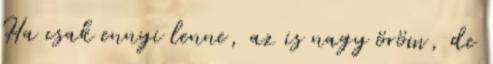
Ha csak ennyi lenne, az is nagy öröm, de